Scottish Leaving Certificate Examination, 1961
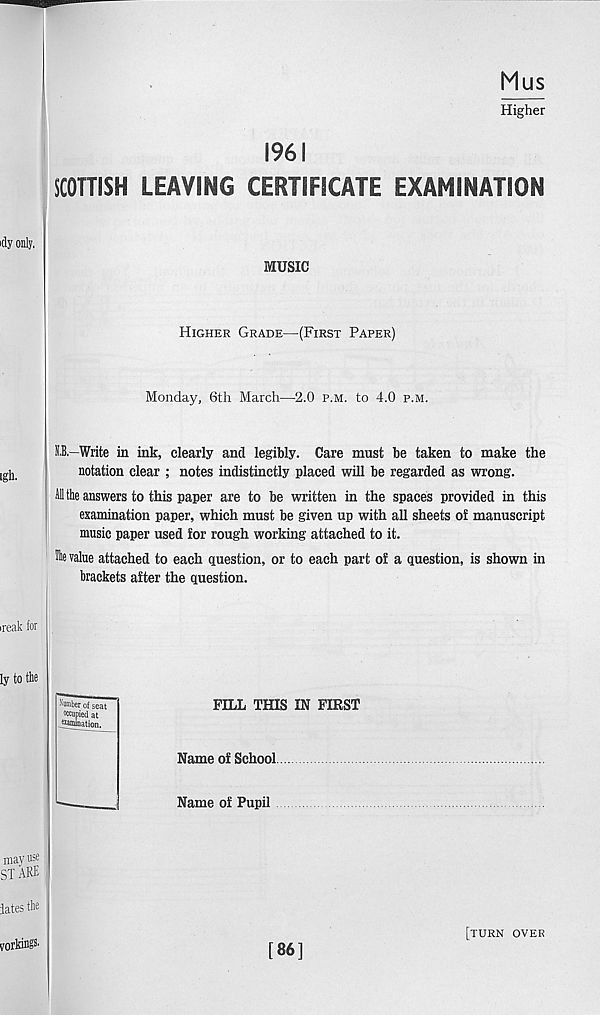
Mus
Higher
1961
SCOTTISH LEAVING CERTIFICATE EXAMINATION
idy only.
igh.
ireak for
ly to the
may use
ST ARE
iates the
MUSIC
Higher Grade—(First Paper)
Monday, 6th March—2.0 p.m. to 4.0 p.m.
IB,—Write in ink, clearly and legibly. Care must be taken to make the
notation clear ; notes indistinctly placed will be regarded as wrong.
AH the answers to this paper are to be written in the spaces provided in this
examination paper, which must be given up with all sheets of manuscript
music paper used for rough working attached to it.
value attached to each question, or to each part of a question, is shown in
brackets after the question.
•' ' Umber of seat
occupied at
jwmination.
FILL THIS IN FIRST
Name of School
Name of Pupil
[86]
[turn over